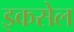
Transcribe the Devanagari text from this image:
इकसेल